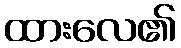
ထားလေ၏